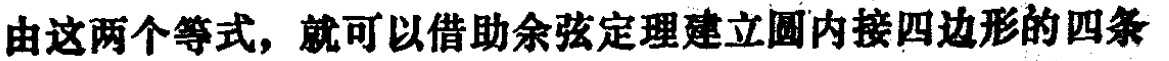
由这两个等式，就可以借助余弦定理建立圆内接四边形的四条